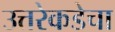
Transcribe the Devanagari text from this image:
उत्तरेकडेचा